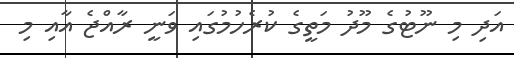
އަދި މި ނޫޓުގެ މޫދު މަތީގެ ކުރެހުމުގައި ވަނީ ރާއްޖެ އާއި މި